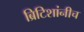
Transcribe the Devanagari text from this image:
ब्रिटिशांनीच